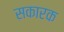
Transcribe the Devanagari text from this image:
सकारक